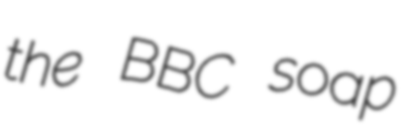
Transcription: the BBC soap